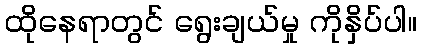
ထိုနေရာတွင် ရွေးချယ်မှု ကိုနှိပ်ပါ။